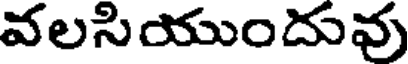
వలసియుందువు